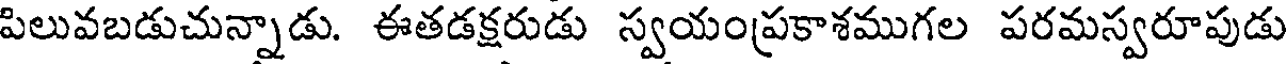
పిలువబడుచున్నాడు. ఈతడక్షరుడు స్వయంప్రకాశముగల పరమస్వరూపుడు